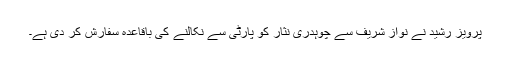
پرویز رشید نے نواز شریف سے چوہدری نثار کو پارٹی سے نکالنے کی باقاعدہ سفارش کر دی ہے۔